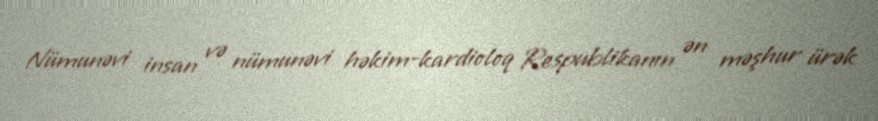
Nümunəvi insan və nümunəvi həkim-kardioloq Respublikanın ən məşhur ürək